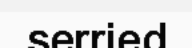
serried